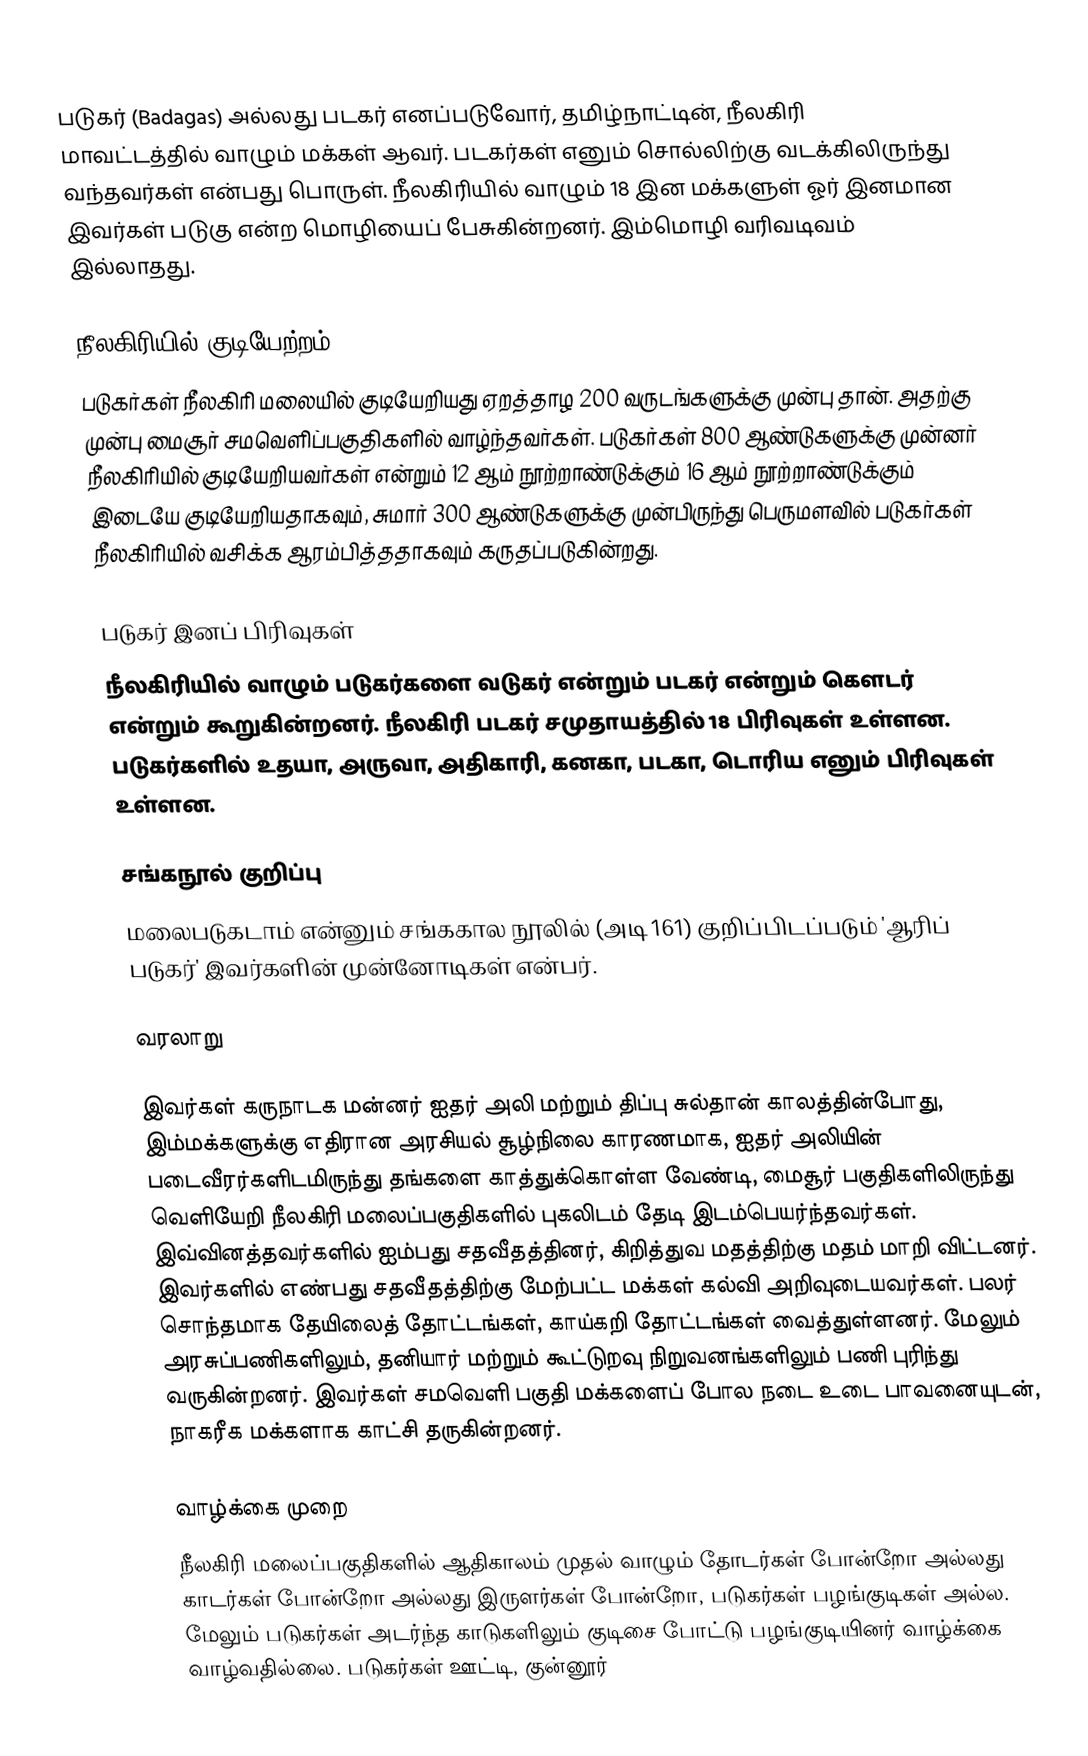
படுகர் (Badagas) அல்லது படகர் எனப்படுவோர், தமிழ்நாட்டின், நீலகிரி மாவட்டத்தில் வாழும் மக்கள் ஆவர். படகர்கள் எனும் சொல்லிற்கு வடக்கிலிருந்து வந்தவர்கள் என்பது பொருள். நீலகிரியில் வாழும் 18 இன மக்களுள் ஓர் இனமான இவர்கள் படுகு என்ற மொழியைப் பேசுகின்றனர். இம்மொழி வரிவடிவம் இல்லாதது.

நீலகிரியில் குடியேற்றம்
படுகர்கள் நீலகிரி மலையில் குடியேறியது ஏறத்தாழ 200 வருடங்களுக்கு முன்பு தான். அதற்கு முன்பு மைசூர் சமவெளிப்பகுதிகளில் வாழ்ந்தவர்கள். படுகர்கள் 800 ஆண்டுகளுக்கு முன்னர் நீலகிரியில் குடியேறியவர்கள் என்றும் 12 ஆம் நூற்றாண்டுக்கும் 16 ஆம் நூற்றாண்டுக்கும் இடையே குடியேறியதாகவும், சுமார் 300 ஆண்டுகளுக்கு முன்பிருந்து பெருமளவில் படுகர்கள் நீலகிரியில் வசிக்க ஆரம்பித்ததாகவும் கருதப்படுகின்றது.

படுகர் இனப் பிரிவுகள்
நீலகிரியில் வாழும் படுகர்களை வடுகர் என்றும் படகர் என்றும் கௌடர் என்றும் கூறுகின்றனர். நீலகிரி படகர் சமுதாயத்தில் 18 பிரிவுகள் உள்ளன. படுகர்களில் உதயா, அருவா, அதிகாரி, கனகா, படகா, டொரிய எனும் பிரிவுகள் உள்ளன.

சங்கநூல் குறிப்பு
மலைபடுகடாம் என்னும் சங்ககால நூலில் (அடி 161) குறிப்பிடப்படும் 'ஆரிப் படுகர்' இவர்களின் முன்னோடிகள் என்பர்.

வரலாறு

இவர்கள் கருநாடக மன்னர் ஐதர் அலி மற்றும் திப்பு சுல்தான் காலத்தின்போது, இம்மக்களுக்கு எதிரான அரசியல் சூழ்நிலை காரணமாக, ஐதர் அலியின் படைவீரர்களிடமிருந்து தங்களை காத்துக்கொள்ள வேண்டி, மைசூர் பகுதிகளிலிருந்து வெளியேறி நீலகிரி மலைப்பகுதிகளில் புகலிடம் தேடி இடம்பெயர்ந்தவர்கள். இவ்வினத்தவர்களில் ஐம்பது சதவீதத்தினர், கிறித்துவ மதத்திற்கு மதம் மாறி விட்டனர். இவர்களில் எண்பது சதவீதத்திற்கு மேற்பட்ட மக்கள் கல்வி அறிவுடையவர்கள். பலர் சொந்தமாக தேயிலைத் தோட்டங்கள், காய்கறி தோட்டங்கள்  வைத்துள்ளனர். மேலும் அரசுப்பணிகளிலும், தனியார் மற்றும் கூட்டுறவு நிறுவனங்களிலும் பணி புரிந்து வருகின்றனர். இவர்கள் சமவெளி பகுதி மக்களைப் போல நடை உடை பாவனையுடன், நாகரீக மக்களாக காட்சி தருகின்றனர்.

வாழ்க்கை முறை
நீலகிரி மலைப்பகுதிகளில் ஆதிகாலம் முதல் வாழும் தோடர்கள் போன்றோ அல்லது காடர்கள் போன்றோ அல்லது இருளர்கள் போன்றோ, படுகர்கள் பழங்குடிகள் அல்ல. மேலும் படுகர்கள் அடர்ந்த காடுகளிலும் குடிசை போட்டு பழங்குடியினர் வாழ்க்கை வாழ்வதில்லை. படுகர்கள் ஊட்டி, குன்னூர்